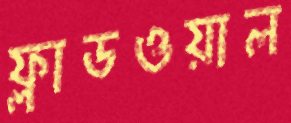
ফ্লাডওয়াল